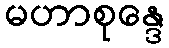
မဟာစုန္ဒေ